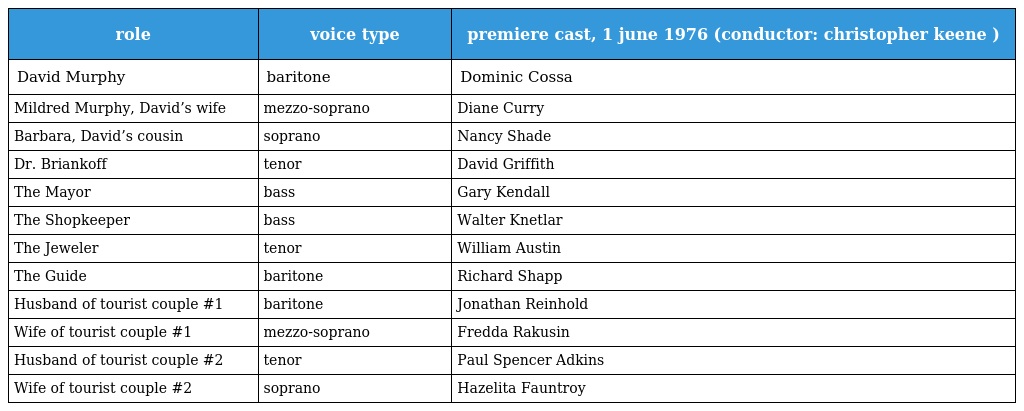
| role | voice type | premiere cast, 1 june 1976 (conductor: christopher keene ) |
 | --- | --- | --- |
 | David Murphy | baritone | Dominic Cossa |
 | Mildred Murphy, David’s wife | mezzo-soprano | Diane Curry |
 | Barbara, David’s cousin | soprano | Nancy Shade |
 | Dr. Briankoff | tenor | David Griffith |
 | The Mayor | bass | Gary Kendall |
 | The Shopkeeper | bass | Walter Knetlar |
 | The Jeweler | tenor | William Austin |
 | The Guide | baritone | Richard Shapp |
 | Husband of tourist couple #1 | baritone | Jonathan Reinhold |
 | Wife of tourist couple #1 | mezzo-soprano | Fredda Rakusin |
 | Husband of tourist couple #2 | tenor | Paul Spencer Adkins |
 | Wife of tourist couple #2 | soprano | Hazelita Fauntroy |